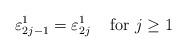
LaTeX: \begin{align*}\varepsilon^{1}_{2j-1}=\varepsilon^{1}_{2j}\;\;\;\mbox{ for } j\geq1\end{align*}